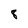
Character: 8